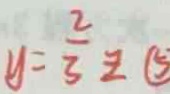
y = \frac { 2 } { 3 } z \textcircled { 5 }